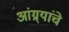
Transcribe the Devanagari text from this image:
आंग्र्यांचे